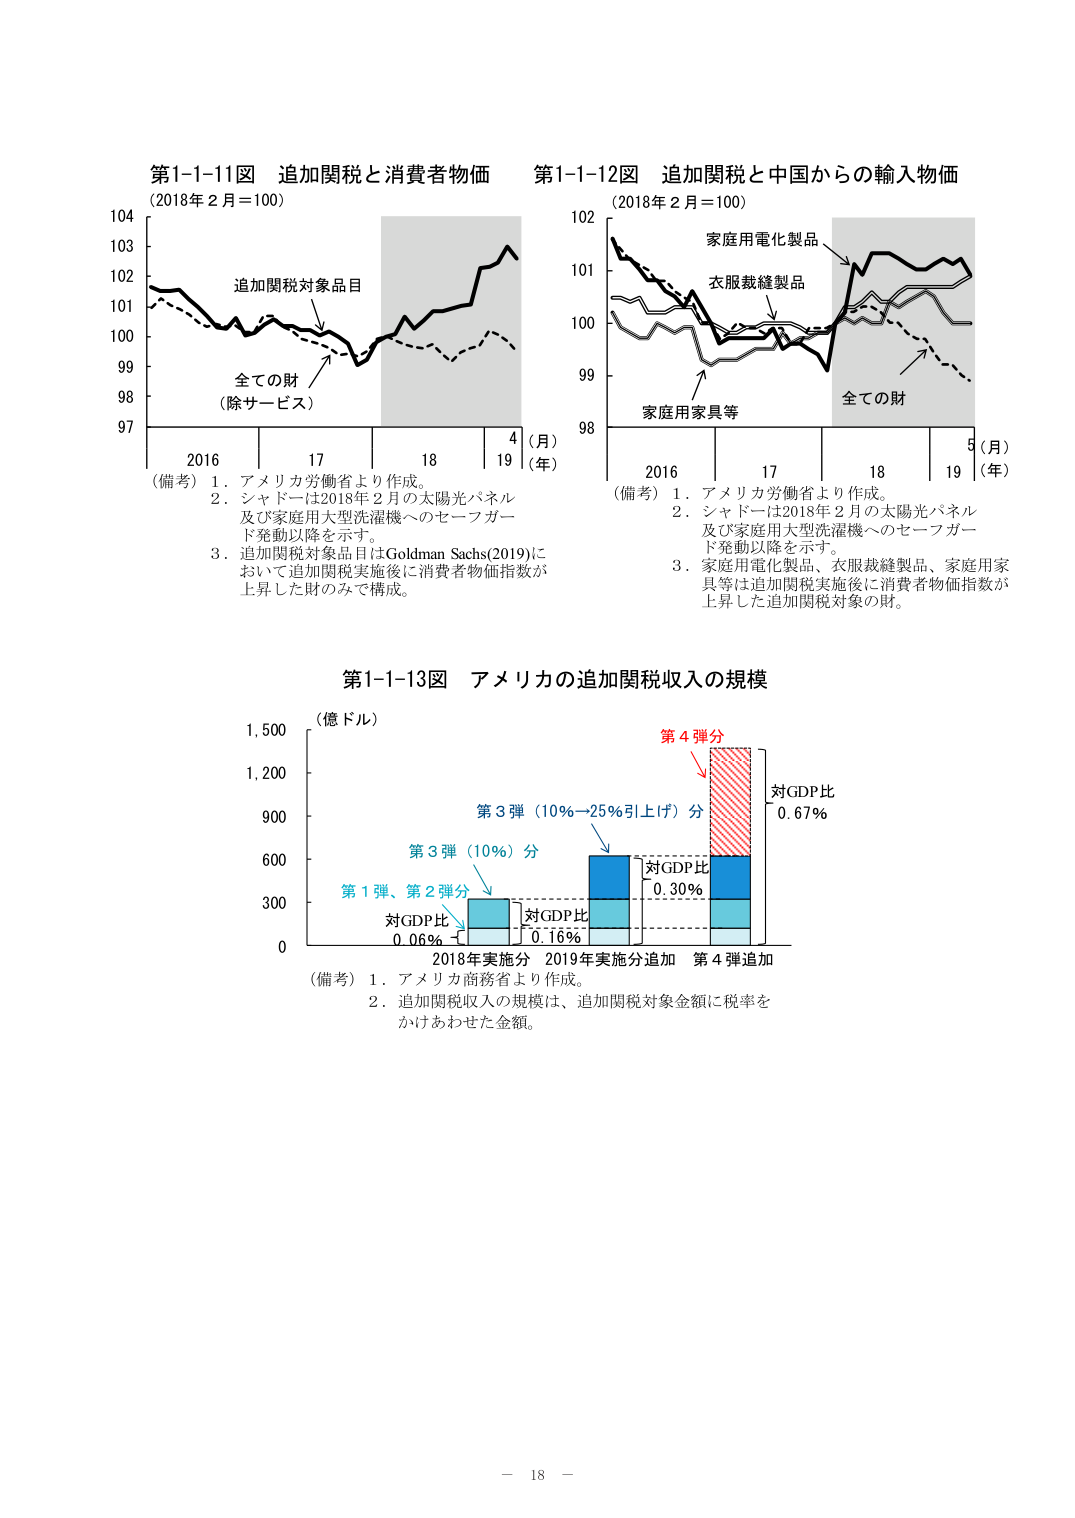
第1-1-11図 追加関税と消費者物価
(2018年2月＝100)

追加関税対象品目
全ての財
（除サービス）

(備考)
1. アメリカ労働省より作成。
2. シャドーは2018年2月の太陽光パネル
及び家庭用大型洗濯機へのセーフガード発動以降を示す。
3. 追加関税対象品目はGoldman Sachs(2019)に
おいて追加関税実施後に消費者物価指数が
上昇した財のみで構成。

第1-1-12図 追加関税と中国からの輸入物価
(2018年2月＝100)

家庭用電化製品
衣服裁縫製品
家庭用家具等
全ての財

(備考)
1. アメリカ労働省より作成。
2. シャドーは2018年2月の太陽光パネル
及び家庭用大型洗濯機へのセーフガード発動以降を示す。
3. 家庭用電化製品、衣服裁縫製品、家庭用家具等は追加関税実施後に消費者物価指数が
上昇した追加関税対象の財。

第1-1-13図 アメリカの追加関税収入の規模
(億ドル)

第1弾、第2弾分
対GDP比 0.06%

第3弾（10%）分
対GDP比 0.16%

第3弾（10%→25%引上げ）分
対GDP比 0.30%

第4弾分
対GDP比 0.67%

2018年実施分  2019年実施分追加  第4弾追加

(備考)
1. アメリカ商務省より作成。
2. 追加関税収入の規模は、追加関税対象金額に税率を
かけあわせた金額。

－ 18 －